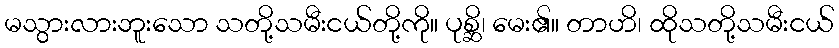
မသွားလားဘူးသော သတို့သမီးငယ်တို့ကို။ ပုစ္ဆိ၊ မေး၏။ တာဟိ၊ ထိုသတို့သမီးငယ်